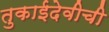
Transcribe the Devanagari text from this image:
तुकाईदेवीची